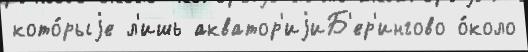
кото́рыjе л'ишь акватор'иjиБ'ер'ингово о́коло